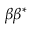
\beta \beta ^ { * }